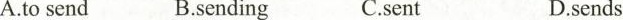
A.t send B.sending C.sent D.sends